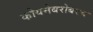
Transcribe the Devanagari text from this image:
कोयनेबरोबरच